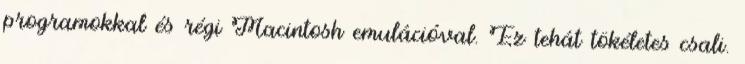
programokkal és régi Macintosh emulációval. Ez tehát tökéletes csali.